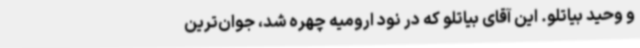
و وحید بیاتلو. این آقای بیاتلو که در نود ارومیه چهره شد، جوان‌ترین